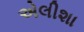
એલીશા